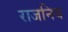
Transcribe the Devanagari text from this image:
राजनिय